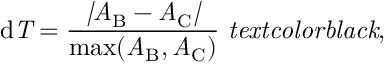
\mathrm { { d } \it { T } = \frac { | A _ { \mathrm { B } } - A _ { \mathrm { C } } | } { \operatorname* { m a x } ( A _ { \mathrm { B } } , A _ { \mathrm { C } } ) } { \ t e x t c o l o r { b l a c k } { , } } }